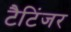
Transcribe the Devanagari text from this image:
टैटिंजर